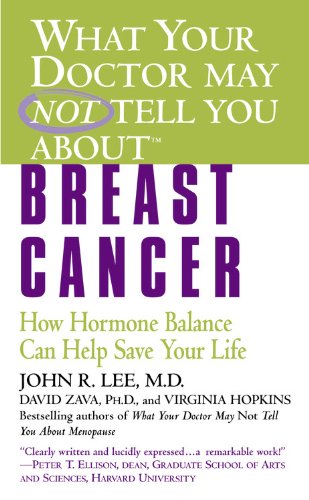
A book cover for What Your Doctor May Not Tell You About(TM): Breast Cancer: How Hormone Balance Can Help Save Your Life; John R. Lee; Health, Fitness & Dieting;